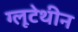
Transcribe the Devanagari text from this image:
ग्लूटेथीन